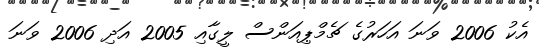
އެކު 2006 ވަނަ އަހަރުގެ ޗެމްޕިއަންސް ލީގާއި 2005 އަދި 2006 ވަނަ